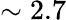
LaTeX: \sim 2.7